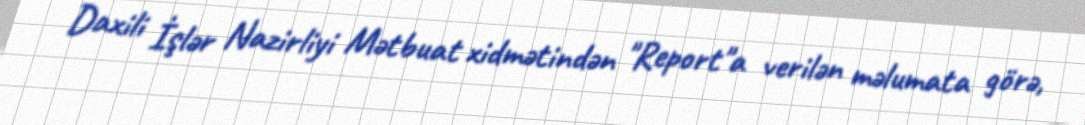
Daxili İşlər Nazirliyi Mətbuat xidmətindən "Report"a verilən məlumata görə,